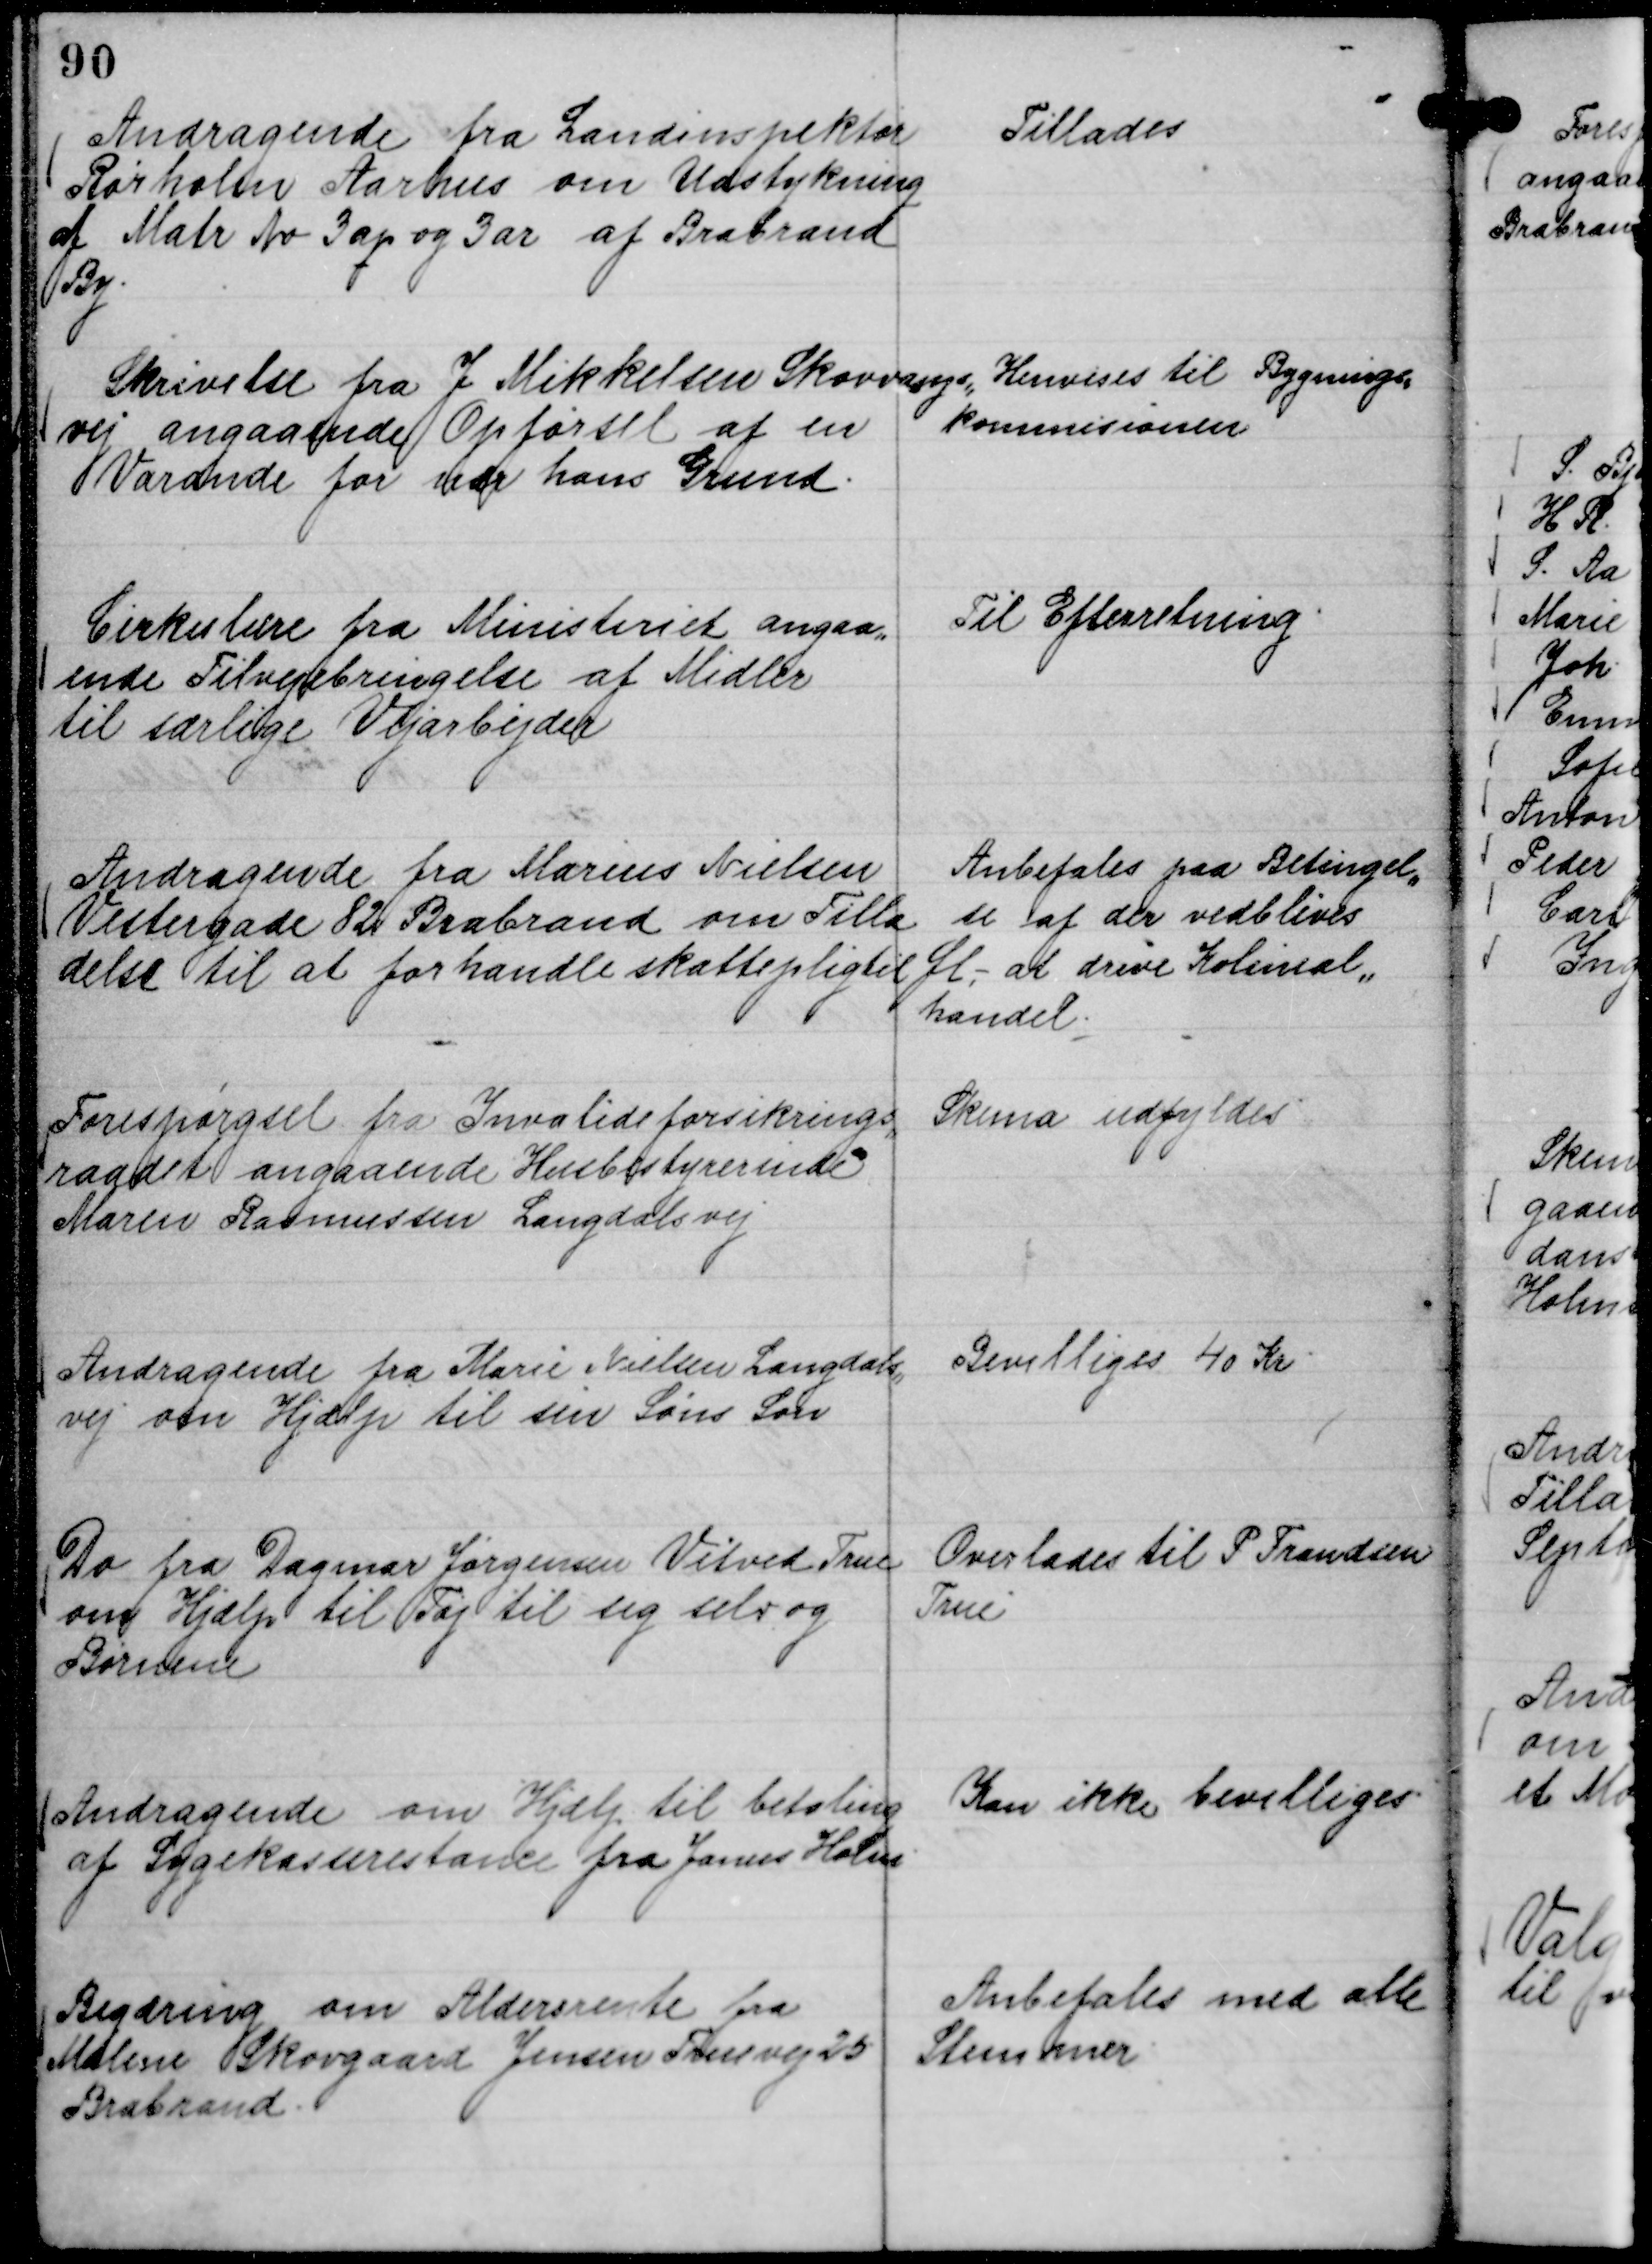
Transskription:
Andragende fra landinspektør
Rørholm Aarhus om Udstykning
af Matr No 3 aq og 3 ar af Brabrand
By.

Tillades

Skrivelse fra J Mikkelsen Skovvangs,,
vej angaaende Opførsel af en
Varande for nær hans Grund.

Henvises til Bygnings,,
kommisionen

Cirkulære fra Ministeriet angaa,,
ende Tilvejebringelse af Midler
til særlige Vejarbejder

Til Efterretning.

Andragende fra Marius Nielsen
Vestergade 82 Brabrand om Tilla
delse til at forhandle skattepligtil Øl,-

Anbefales paa Betingel,,
se af der vedblives
at drive Kolonial,,
handel.

Forespørgsel fra Invalideforsikrings,,
raadet angaaende Husbestyrerinde
Maren Rasmussen Langdalsvej

Skema udfyldes

Andragende fra Marie Nielsen Langdals,,
vej om Hjælp til sin Søns Løn

Bevilliges 40 Kr.

Do fra Dagmar Jørgensen Vitved True
om Hjælp til Tøj til sig selv og
Børnene

Overlades til P Frandsen
True

Andragende om Hjælp til betaling
af Sygekasserestance fra Janus Holm.

Kan ikke bevilliges.

Begæring om Aldersrente fra
Malene Skovgaard Jensen Truevej 25
Brabrand.

Anbefales med alle
Stemmer